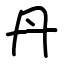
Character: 丹